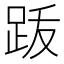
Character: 䟦